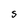
Character: 5